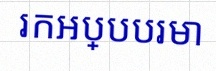
រកអប្បបរមា